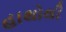
હાથોથી